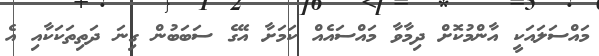
މައްސަލައަކީ އާންމުކޮށް ދިމާވާ މައްސައެއް ކަމަށާ އޭގެ ސަބަބުން ގިނަ ދަތިތަކަކާއި އެ